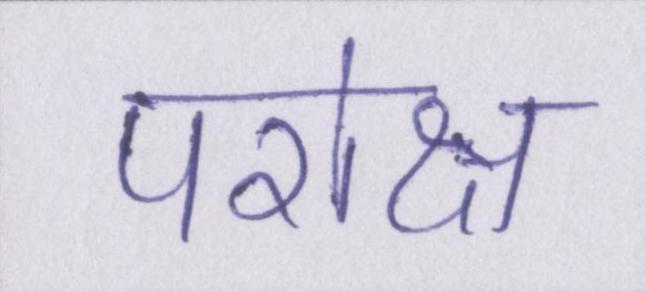
परोक्ष